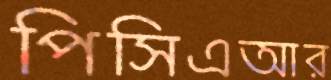
পিসিএআর